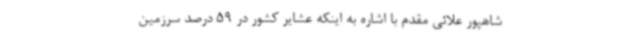
شاهپور علائی مقدم با اشاره به اینکه عشایر کشور در 59 درصد سرزمین